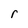
Character: r